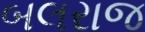
બલરાજ